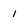
Character: 1